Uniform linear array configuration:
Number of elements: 32
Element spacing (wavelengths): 0.75
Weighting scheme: blackman
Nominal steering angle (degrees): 0
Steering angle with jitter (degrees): -1.936
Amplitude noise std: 0.05
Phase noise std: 0.05

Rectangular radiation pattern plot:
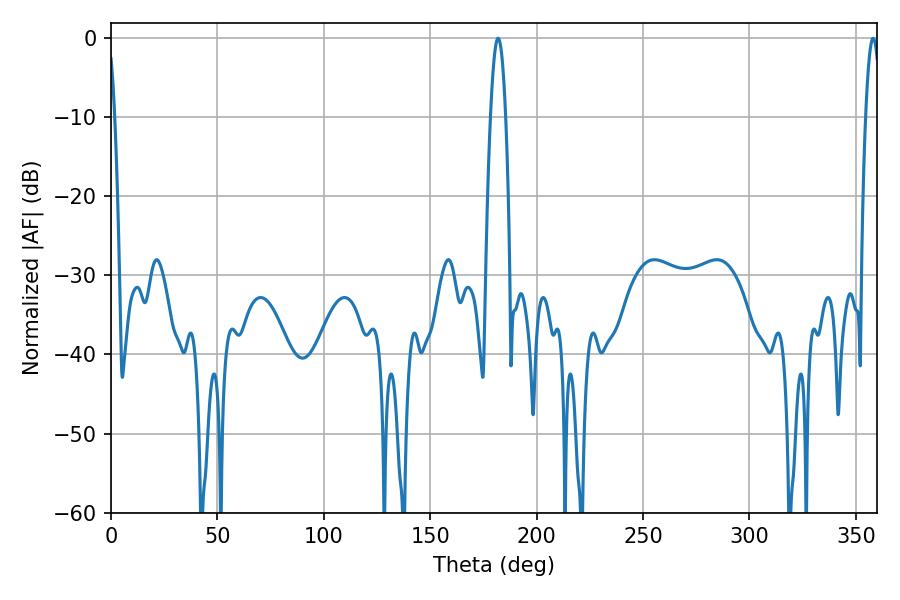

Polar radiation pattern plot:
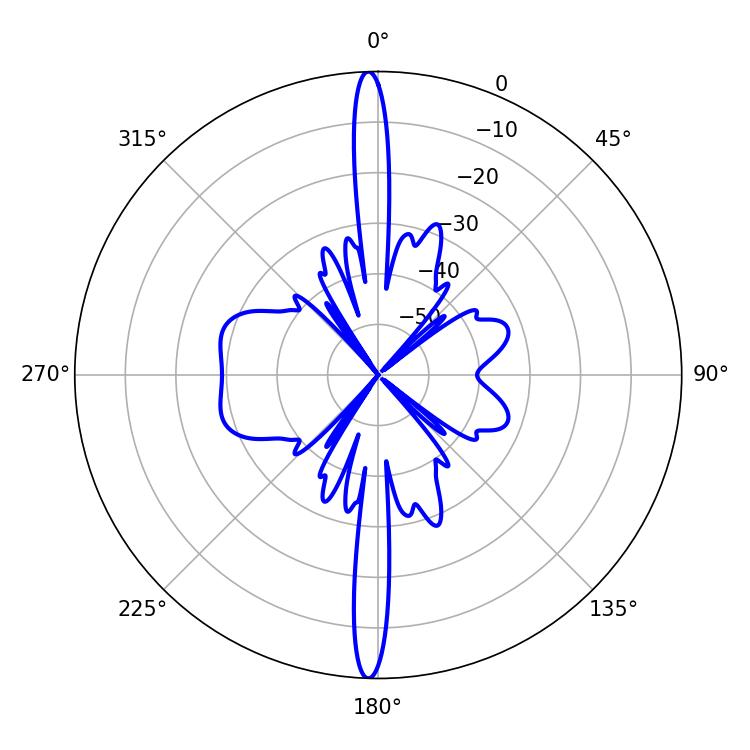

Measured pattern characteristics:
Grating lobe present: TRUE
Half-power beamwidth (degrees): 3.78
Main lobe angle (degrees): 181.8